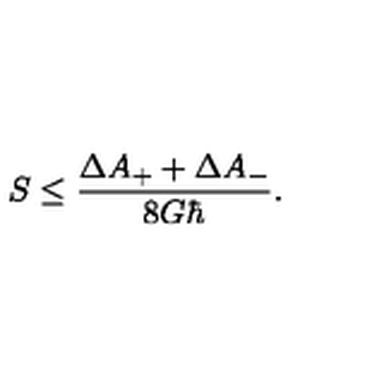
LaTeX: S \leq { \frac { \Delta A _ { + } + \Delta A _ { - } } { 8 G \hbar } } .